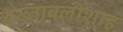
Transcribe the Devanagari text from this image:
बख्ताबलीशाह